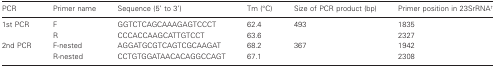
| PCR | Primer name | Sequence (5′ to 3′) | Tm (°C) | Size of PCR product (bp) | Primer position in 23SrRNA† |
 | --- | --- | --- | --- | --- | --- |
 | 1st PCR | F | GGTCTCAGCAAAGAGTCCCT | 62.4 | 493 | 1835 |
 |  | R | CCCACCAAGCATTGTCCT | 63.6 |  | 2327 |
 | 2nd PCR | F-nested | AGGATGCGTCAGTCGCAAGAT | 68.2 | 367 | 1942 |
 |  | R-nested | CCTGTGGATAACACAGGCCAGT | 67.1 |  | 2308 |